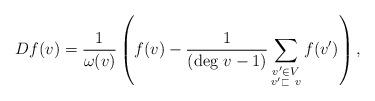
LaTeX: \begin{align*}Df(v)=\frac 1{\omega(v)}\left(f(v)-\frac 1{(\textrm{deg } v-1)} \sum_{\substack {v'\in V \\ v'\sqsubset\ v}}f(v')\right),\end{align*}